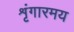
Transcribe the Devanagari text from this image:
शृंगारमय